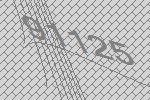
91125